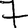
Digit: 7